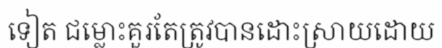
ទៀត ជម្លោះគួរតែត្រូវបានដោះស្រាយដោយ